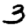
Digit: 3